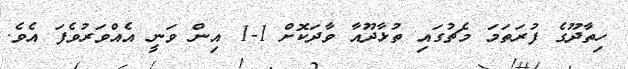
ހިތާދޫގެ ފުރަތަމަ މެޗުގައި ތުޅާދޫއާ ވާދަކޮށް 1-1 އިން ވަނީ އެއްވަރުވެފަ އެވެ.